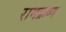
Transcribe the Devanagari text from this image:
रामक्रष्ण